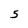
Character: 5